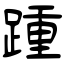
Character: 踵